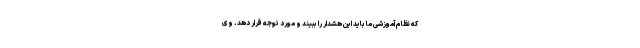
که نظام آموزشی ما باید این هشدار را ببیند و مورد توجه قرار دهد. وی